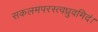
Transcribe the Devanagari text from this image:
सकलमपरस्त्वध्रुवमिदं।